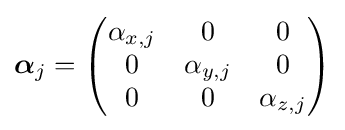
{\boldsymbol {\alpha }}_{j}={\begin{pmatrix}\alpha _{x,j}&0&0\\0&\alpha _{y,j}&0\\0&0&\alpha _{z,j}\end{pmatrix}}